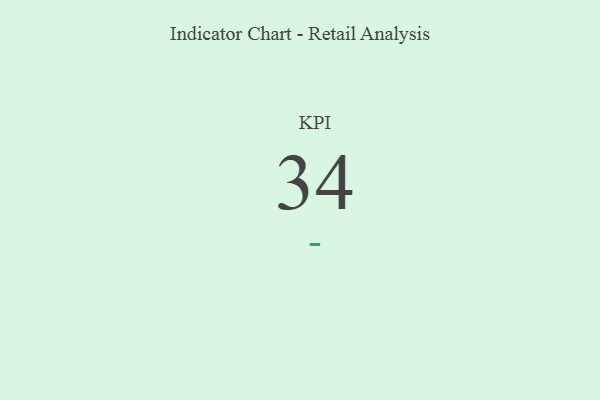
{"axis": {"x": "KPI", "y": "Value"}, "legend": [""], "data": [{"x": "KPI", "y": 34, "type": ""}]}